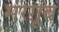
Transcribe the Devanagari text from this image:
मरग़ूब